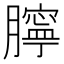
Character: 𦡲